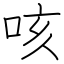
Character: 咳